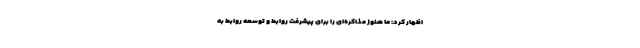
اظهار کرد: ما هنوز مذاکره‌ای را برای پیشرفت روابط و توسعه روابط به